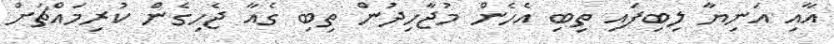
އާއި އަނިޔާ ލިބިފައި ތިބި އެހެން މުޖާހިދުން ތިބި ގެއާ ޖެހިގެން ކުރިމައްޗަށް